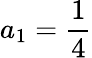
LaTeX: a_{1}={\frac{1}{4}}